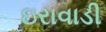
ઇરાવાડી